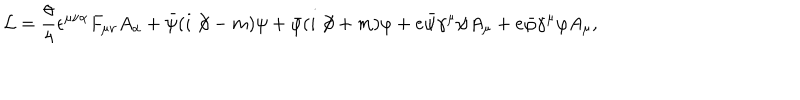
{ \cal L } = \frac { \theta } { 4 } \epsilon ^ { \mu \nu \alpha } F _ { \mu \nu } A _ { \alpha } + \bar { \psi } ( i \not \! \partial - m ) \psi + \bar { \varphi } ( i \not \! \partial + m ) \varphi + e \bar { \psi } \gamma ^ { \mu } \psi A _ { \mu } + e \bar { \varphi } \gamma ^ { \mu } \varphi A _ { \mu } ,